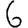
Digit: 6